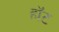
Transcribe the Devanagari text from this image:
हाॅट